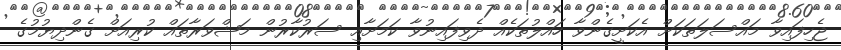
ޖެހިފައިވާ މައްސަލަތަަކަށް އެކަށީގެންވާ ހައްލުތަކެއް ދެވިފައިނުވާ ކަމަށާއި ސަރުކާރުން މަޝްވަރާތައް ކުރިއަށް ގެންދިޔުމުގެ